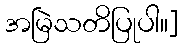
အမြဲသတိပြုပါ။]